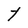
Character: t